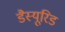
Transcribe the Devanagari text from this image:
डैस्यूरिड